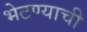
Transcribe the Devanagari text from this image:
भेटण्याची